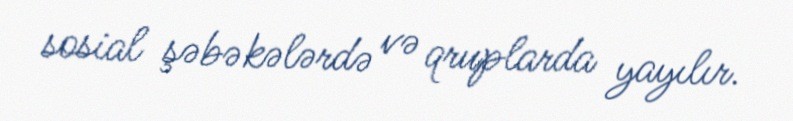
sosial şəbəkələrdə və qruplarda yayılır.